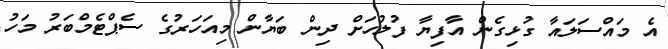
އެ މައްސަލައާ ގުޅިގެން އާފިޔާ ފުލުހަށް ދިން ބަޔާން މިއަހަރުގެ ސެޕްޓެމްބަރު މަހު